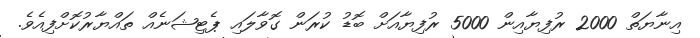
އިނާޔަތް 2000 ރުފިޔާއިން 5000 ރުފިޔާއަށް ބޮޑު ކުރަން ގޮވާލައި ޕެޓިޝަނެއް ތައްޔާރުކޮށްފިއެވެ.